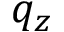
q _ { z }